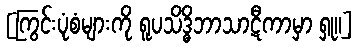
[ကြွင်းပုံစံများကို ရူပသိဒ္ဓိဘာသာဋီကာမှာ ရှု။]